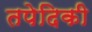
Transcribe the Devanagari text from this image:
तपेदिकी